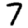
Digit: 7